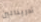
أدرينالين